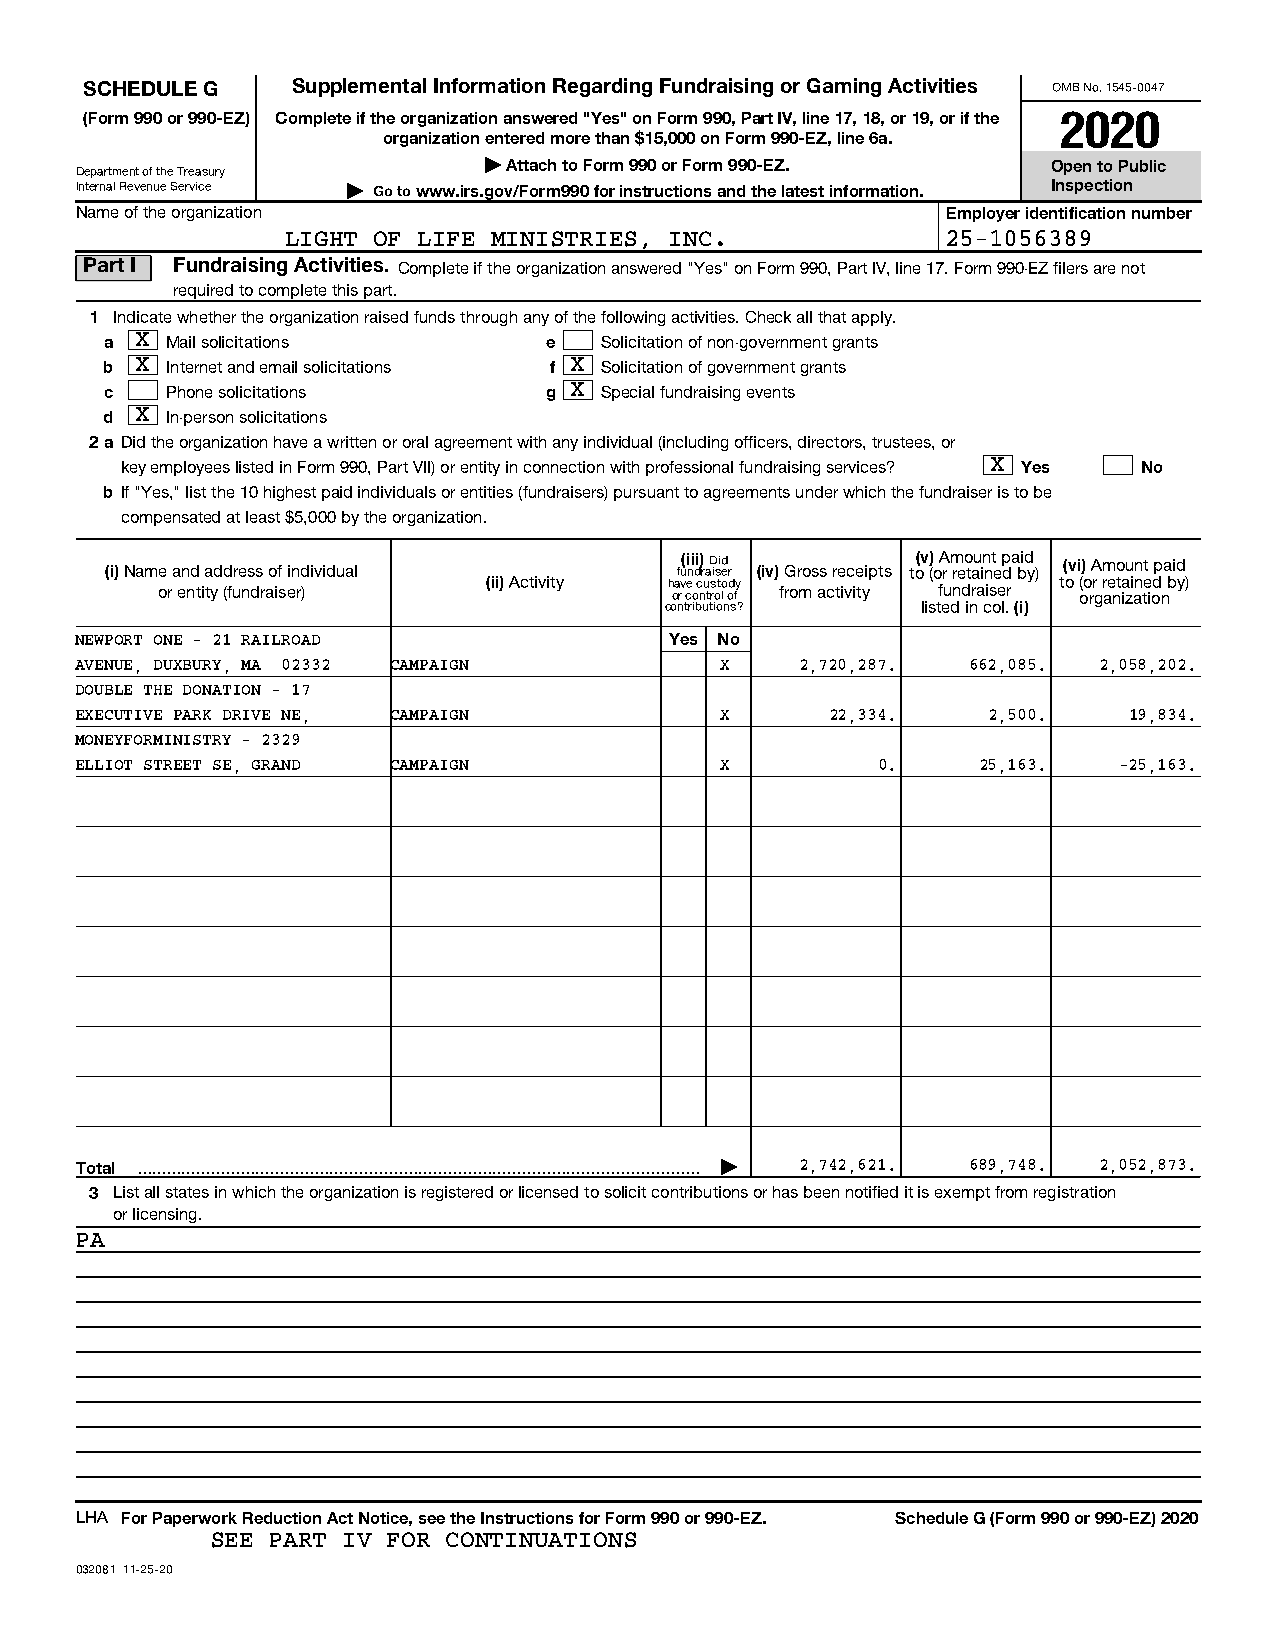
SCHEDULE G   Supplemental Information Regarding Fundraising or Gaming Activities OMB No. 1545-0047
 (Form 990 or 990-EZ) Complete if the organization answered "Yes" on Form 990, Part IV, line 17, 18, or 19, or if the 2020
 organization entered more than $15,000 on Form 990-EZ, line 6a.
 | Attach to Form 990 or Form 990-EZ.  Open to Public
 Department of the Treasury
 Internal Revenue Service | Go to www.irs.gov/Form990 for instructions and the latest information. Inspection
 Name of the organization                                  Employer identification number
 LIGHT OF LIFE MINISTRIES, INC.              25-1056389
 Part I Fundraising Activities. Complete if the organization answered "Yes" on Form 990, Part IV, line 17. Form 990-EZ filers are not
 required to complete this part.
 1 Indicate whether the organization raised funds through any of the following activities. Check all that apply.
 a X Mail solicitations       e   Solicitation of non-government grants
 b X Internet and email solicitations f X Solicitation of government grants
 c   Phone solicitations      g X Special fundraising events
 d X In-person solicitations
 2a Did the organization have a written or oral agreement with any individual (including officers, directors, trustees, or
 key employees listed in Form 990, Part VII) or entity in connection with professional fundraising services? X Yes No
 b If "Yes," list the 10 highest paid individuals or entities (fundraisers) pursuant to agreements under which the fundraiser is to be
 compensated at least $5,000 by the organization.
 (i) Name and address of individual    fu(i ni di) r aD isid er (iv) Gross receipts to(v () o A r m reo tau in nt e p da bid y) (vi) Amount paid
 or entity (fundraiser) (ii) Activity h oa rv ce o c nu trs oto l d ofy from activity fundraiser to ( oo rr g r ae nt ia zi an te iod n by)
 contributions?   listed in col. (i)
 NEWPORT ONE - 21 RAILROAD              Yes No
 AVENUE, DUXBURY, MA 02332 CAMPAIGN         X    2,720,287. 662,085. 2,058,202.
 DOUBLE THE DONATION - 17
 EXECUTIVE PARK DRIVE NE, CAMPAIGN          X      22,334.   2,500.    19,834.
 MONEYFORMINISTRY - 2329
 ELLIOT STREET SE, GRAND CAMPAIGN           X         0.     25,163.  -25,163.
 Total  |  2,742,621. 689,748. 2,052,873.
 3 List all states in which the organization is registered or licensed to solicit contributions or has been notified it is exempt from registration
 or licensing.
 PA
 LHA For Paperwork Reduction Act Notice, see the Instructions for Form 990 or 990-EZ. Schedule G (Form 990 or 990-EZ) 2020
 SEE PART IV FOR CONTINUATIONS
 032081 11-25-20